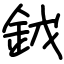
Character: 龯